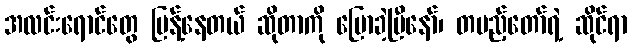
အလင်းရောင်တွေ ပြန့်နေတယ် ဆိုတာကို ပြောခဲ့ပြီနော်၊ တပည့်တော်ရဲ့ ဆိုင်ရာ